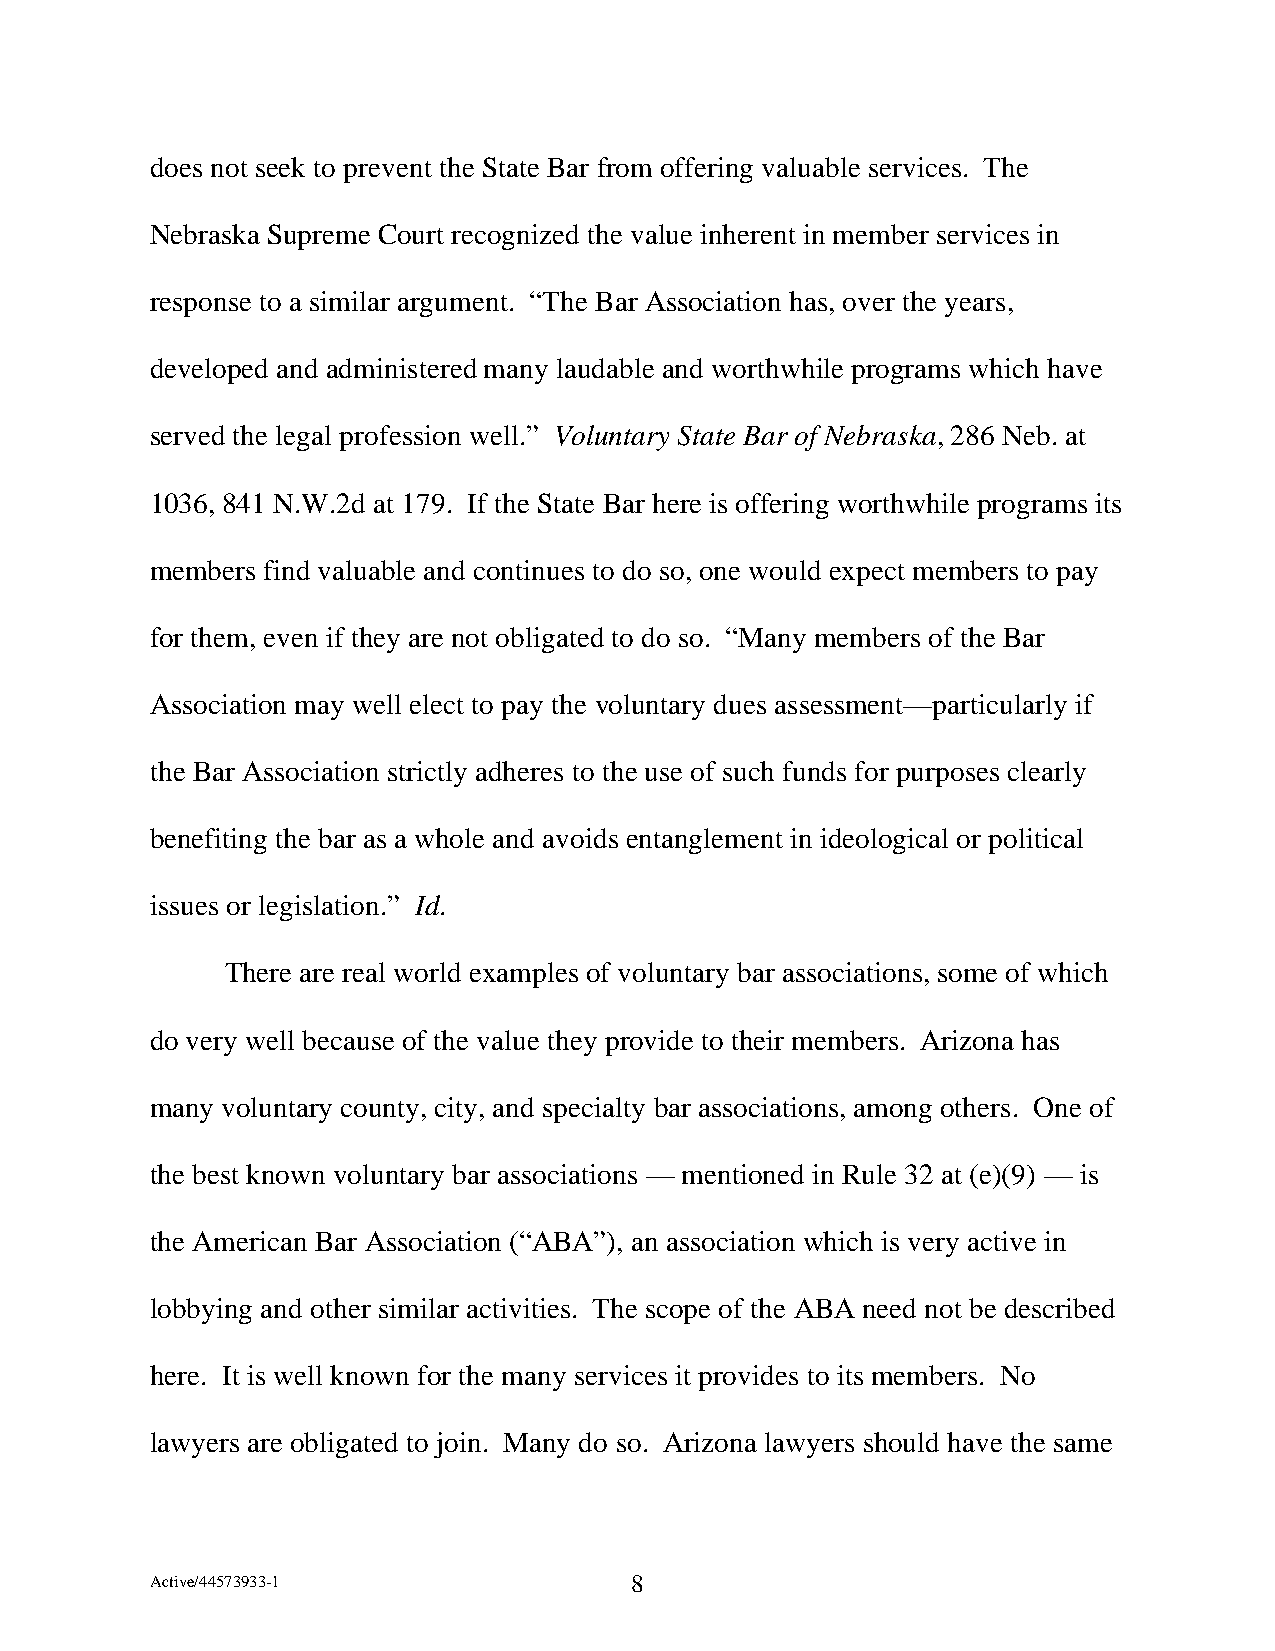
does not seek to prevent the State Bar from offering valuable services. The
 Nebraska Supreme Court recognized the value inherent in member services in
 response to a similar argument. “The Bar Association has, over the years,
 developed and administered many laudable and worthwhile programs which have
 served the legal profession well.” Voluntary State Bar of Nebraska, 286 Neb. at
 1036, 841 N.W.2d at 179. If the State Bar here is offering worthwhile programs its
 members find valuable and continues to do so, one would expect members to pay
 for them, even if they are not obligated to do so. “Many members of the Bar
 Association may well elect to pay the voluntary dues assessment—particularly if
 the Bar Association strictly adheres to the use of such funds for purposes clearly
 benefiting the bar as a whole and avoids entanglement in ideological or political
 issues or legislation.” Id.
 There are real world examples of voluntary bar associations, some of which
 do very well because of the value they provide to their members. Arizona has
 many voluntary county, city, and specialty bar associations, among others. One of
 the best known voluntary bar associations — mentioned in Rule 32 at (e)(9) — is
 the American Bar Association (“ABA”), an association which is very active in
 lobbying and other similar activities. The scope of the ABA need not be described
 here. It is well known for the many services it provides to its members. No
 lawyers are obligated to join. Many do so. Arizona lawyers should have the same
 Active/44573933-1               8